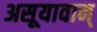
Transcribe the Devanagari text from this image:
असूयावान्